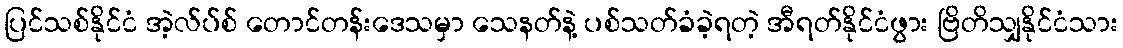
ပြင်သစ်နိုင်ငံ အဲ့လ်ပ်စ် တောင်တန်းဒေသမှာ သေနတ်နဲ့ ပစ်သတ်ခံခဲ့ရတဲ့ အီရတ်နိုင်ငံဖွား ဗြိတိသျှနိုင်ငံသား